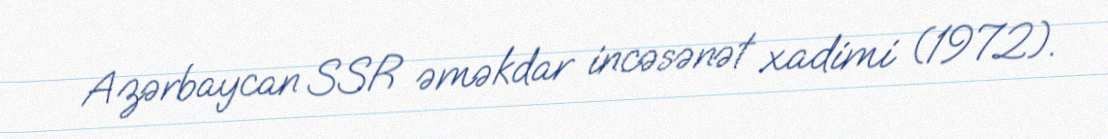
Azərbaycan SSR əməkdar incəsənət xadimi (1972).